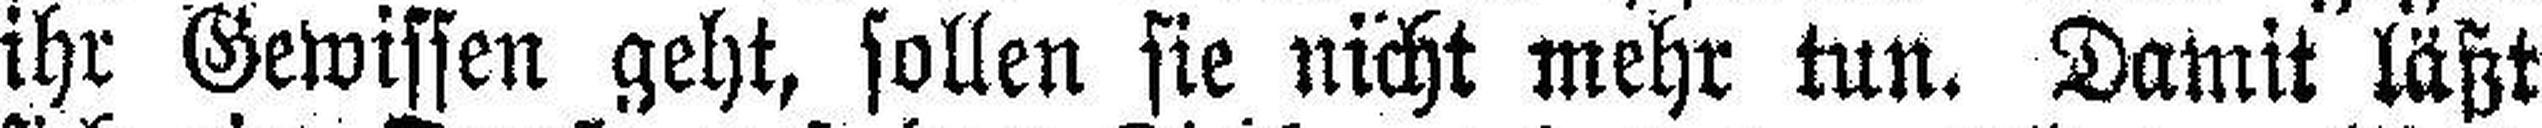
ihr Gewissen geht, sollen sie nicht mehr tun. Damit läßt